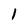
Character: 1